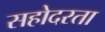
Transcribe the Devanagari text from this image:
सहोदरता